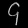
Digit: ၄